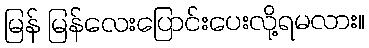
မြန် မြန်လေးပြောင်းပေးလို့ရမလား။